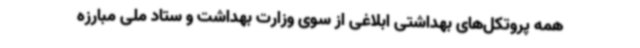
همه پروتکل‌های بهداشتی ابلاغی از سوی وزارت بهداشت و ستاد ملی مبارزه